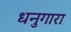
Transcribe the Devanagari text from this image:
धनुगारा